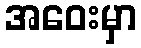
အဝေးမှာ